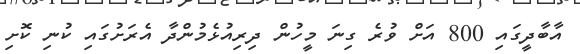
އާބާދީގައި 800 އަށް ވުރެ ގިނަ މީހުން ދިރިއުޅެމުންދާ އެރަށުގައި ކުނި ކޮށި